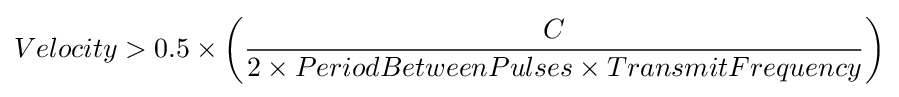
Velocity>0.5\times \left({\frac {C}{2\times PeriodBetweenPulses\times TransmitFrequency}}\right)